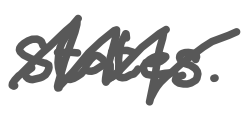
Text: States.
Cross-out: zig-zag
Writing tool: digital_gray